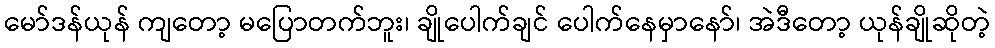
မော်ဒန်ယုန် ကျတော့ မပြောတက်ဘူး၊ ချိုပေါက်ချင် ပေါက်နေမှာနော်၊ အဲဒီတော့ ယုန်ချိုဆိုတဲ့